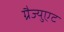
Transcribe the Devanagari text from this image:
ग्रैज्युएट